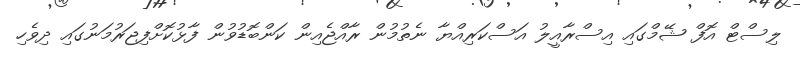
ލިސްޓް އޮފް ޝޭމްގައި އިސްރާއީލު އަސްކަރިއްޔާ ނެތުމުން ރާއްޖެއިން ކަންބޮޑުވުން ފާޅުކޮށްފިޖަރުމަނުގައި ދިވެހި